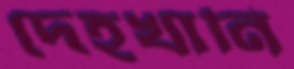
দেহখানি